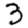
Digit: 3